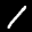
Label: 1